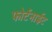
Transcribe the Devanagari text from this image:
फोर्टनाईट